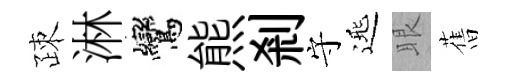
疎淋鸞熊剎守𨓱眼𦾔